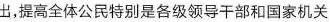
出，提高全体公民特别是各级领导干部和国家机关